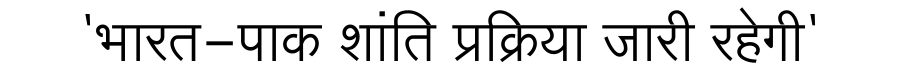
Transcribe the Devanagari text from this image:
'भारत-पाक शांति प्रक्रिया जारी रहेगी'